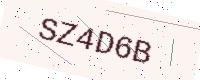
Text: SZ4D6B